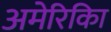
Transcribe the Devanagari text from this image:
अमेरिकिा